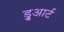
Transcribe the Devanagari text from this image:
डु्आर्ट